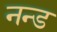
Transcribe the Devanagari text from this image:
नन्ड